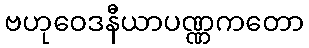
ဗဟုဝေဒနီယာပဏ္ဏကတော